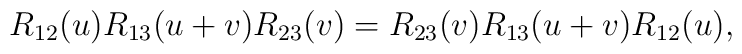
R_{12}(u)R_{13}(u+v)R_{23}(v)=R_{23}(v)R_{13}(u+v)R_{12}(u),